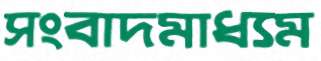
সংবাদমাধ্যম